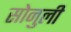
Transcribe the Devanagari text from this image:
सोनुली